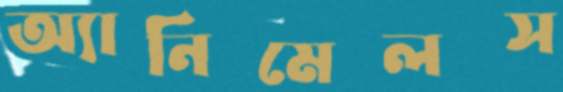
অ্যানিমেলস